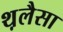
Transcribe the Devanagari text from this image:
थ़लैसा